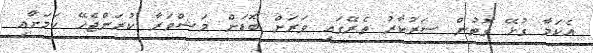
އެކަމާ ގުޅޭ ގޮތުން ސަރުކާރު ތެރޭގައި ވަރަށް ބޮޑަށް މަޝްވަރާ ކުރަންޖެހޭ ކަމަށާއި